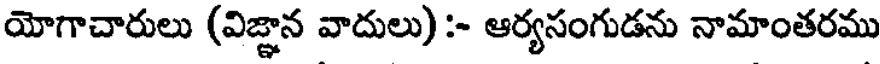
యోగాచారులు (విజ్ఞాన వాదులు) :- ఆర్యసంగుడను నామాంతరము